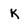
Character: k